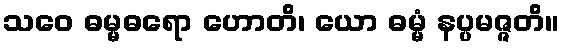
သဝေ ဓမ္မဓရော ဟောတိ၊ ယော ဓမ္မံ နပ္ပမဇ္ဇတိ။